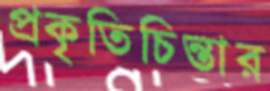
প্রকৃতিচিন্তার